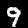
Label: 9